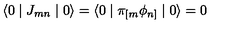
\langle 0 \mid J _ { m n } \mid 0 \rangle = \langle 0 \mid \pi _ { [ m } \phi _ { n ] } \mid 0 \rangle = 0